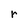
Character: r